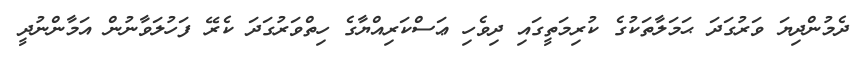
ދެމުންދިޔަ ވަރުގަދަ ޙަމަލާތަކުގެ ކުރިމަތީގައި ދިވެހި ޢަސްކަރިއްޔާގެ ހިތްވަރުގަދަ ކެރޭ ފަހުލަވާނުން އަމާންނުދީ